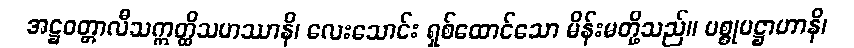
အဋ္ဌဝတ္တာလီသဣတ္ထိသဟဿာနိ၊ လေးသောင်း ရှစ်ထောင်သော မိန်းမတို့သည်။ ပစ္စုပဋ္ဌာဟာနိ၊